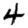
Digit: 4